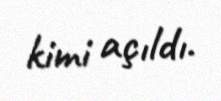
kimi açıldı.